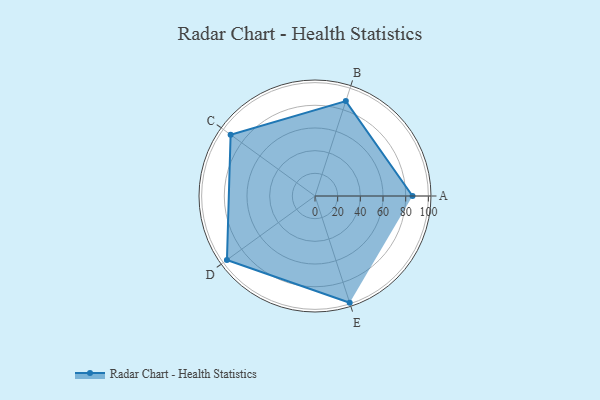
{"axis": {"x": "Skill", "y": "Score"}, "legend": ["Profile"], "data": [{"x": "A", "y": 86.0, "type": "Profile"}, {"x": "B", "y": 88.0, "type": "Profile"}, {"x": "C", "y": 92.0, "type": "Profile"}, {"x": "D", "y": 96.0, "type": "Profile"}, {"x": "E", "y": 99, "type": "Profile"}]}